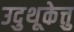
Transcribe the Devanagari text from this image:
उदुथूकेत्तु